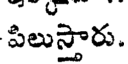
పిలుస్తారు.